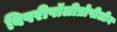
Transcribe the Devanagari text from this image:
विपरीपॉलीप्रोपीलीन